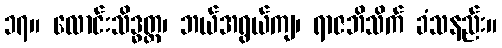
၁၇။ လောင်းသိဒ္ဓတ္ထ၊ ဘယ်အရွယ်ကျ၊ ရာဇဘိသိက် ခံသနည်း။